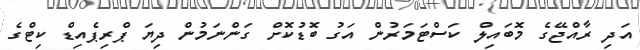
އަދި ރާއްޖޭގެ މޮބައިލް ކަސްޓަމަރުން އަގު ބޮޑުކޮށް ގަންނަމުން ދިޔަ ޕްރިޕެއިޑް ކިޓްގެ